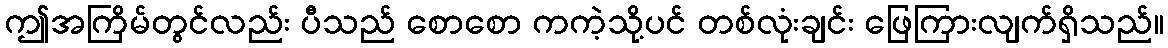
ဤအကြိမ်တွင်လည်း ပီသည် စောစော ကကဲ့သို့ပင် တစ်လုံးချင်း ဖြေကြားလျက်ရှိသည်။